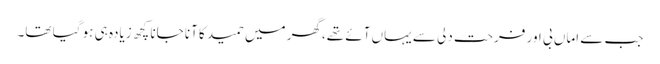
جب سے اماں بی اور فرحت دلی سے یہاں آئے تھے،گھر میں حمید کا آنا جانا کچھ زیادہ ہی ہو گیا تھا۔